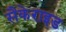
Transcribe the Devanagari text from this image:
सैकेराइड